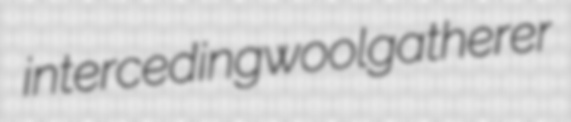
interceding woolgatherer